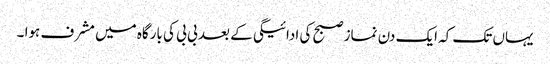
یہاں تک کہ ایک دن نماز صبح کی ادائیگی کے بعد بی بی کی بارگاہ میں مشرف ہوا ۔